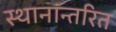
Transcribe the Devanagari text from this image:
स्थानांन्तरित